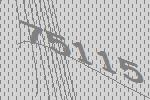
75115